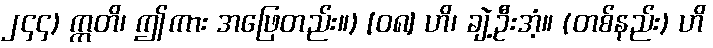
၂၄၄) ဣတိ၊ ဤကား အဖြေတည်း။) [၀၈] ဟိ၊ ချဲ့ဦးအံ့။ (တစ်နည်း) ဟိ